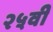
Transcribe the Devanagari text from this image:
२५वी